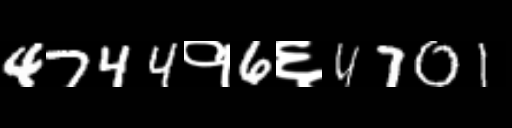
Text: 4744१6६4701